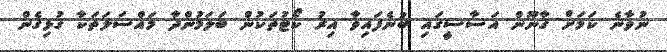
ނުވާނެ ކަމަށް ގާނޫން އަސާސީގައި ބުނެފައިވާ އިރު ކޯޓުތަކުން ބަލަމުންދާ މައްސަލަތަކާ ގުޅިގެން